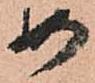
如